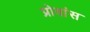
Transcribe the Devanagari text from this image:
प्रोवांस